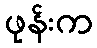
ဖုန်းက